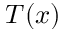
T ( x )